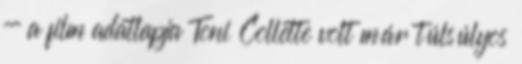
- a film adatlapja Toni Collette volt már túlsúlyos